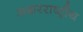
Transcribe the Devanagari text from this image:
अक्षरराष्ट्रीय